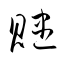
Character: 贐